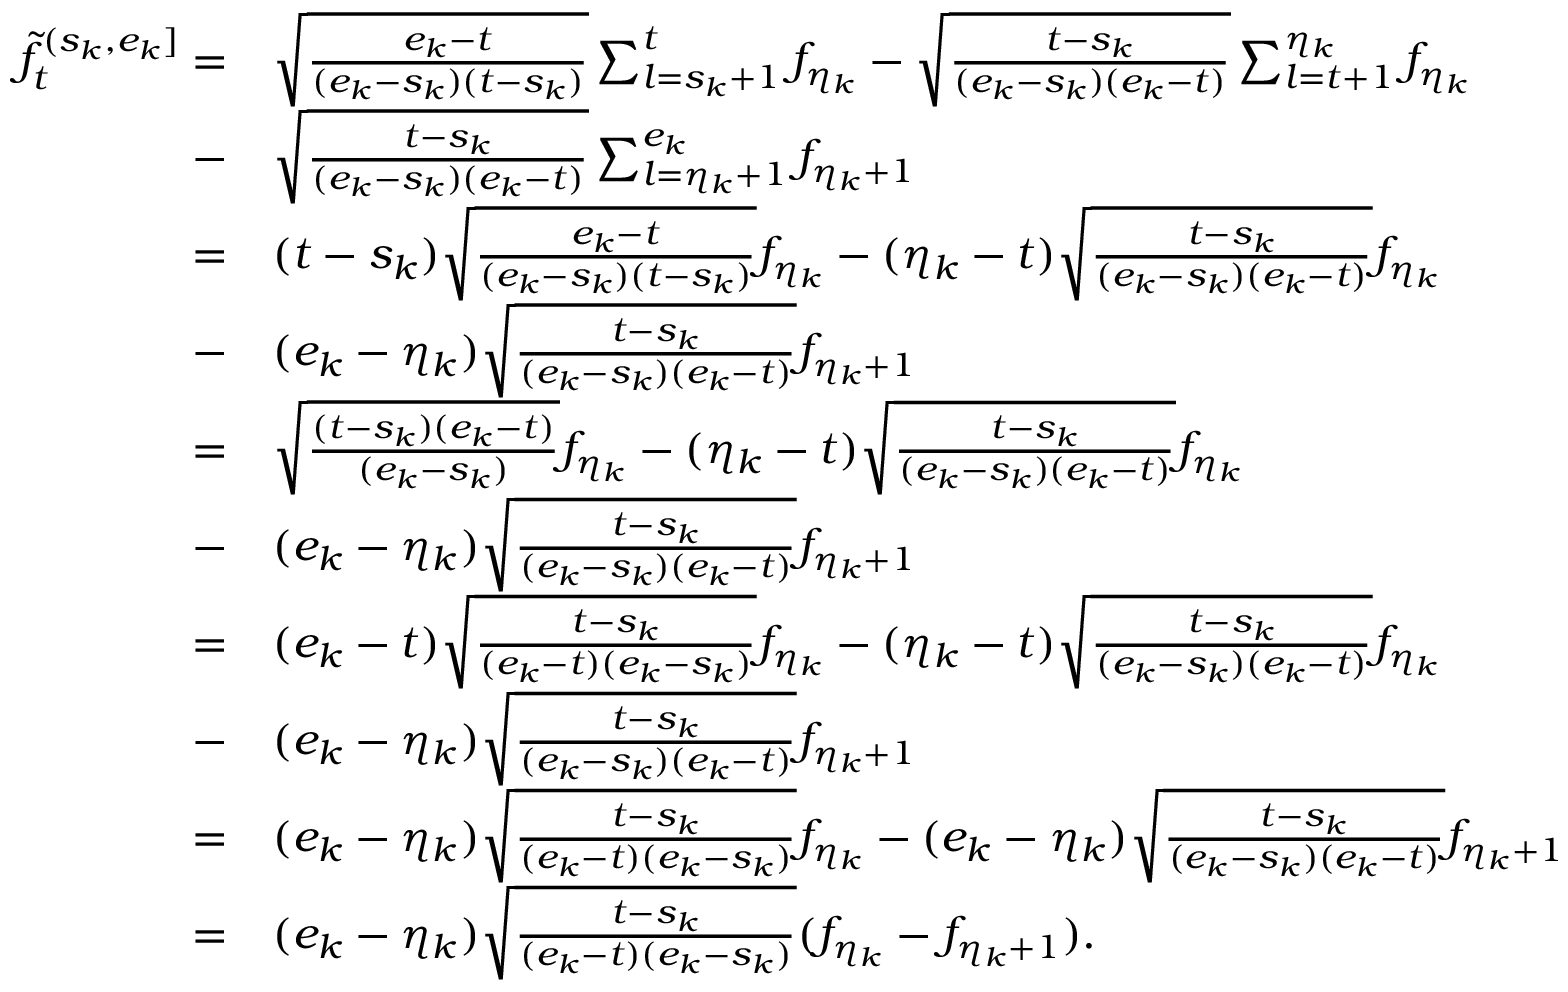
\begin{array} { r l } { \widetilde f _ { t } ^ { ( s _ { k } , e _ { k } ] } = } & { \sqrt { \frac { e _ { k } - t } { ( e _ { k } - s _ { k } ) ( t - s _ { k } ) } } \sum _ { l = s _ { k } + 1 } ^ { t } f _ { \eta _ { k } } - \sqrt { \frac { t - s _ { k } } { ( e _ { k } - s _ { k } ) ( e _ { k } - t ) } } \sum _ { l = t + 1 } ^ { \eta _ { k } } f _ { \eta _ { k } } } \\ { - } & { \sqrt { \frac { t - s _ { k } } { ( e _ { k } - s _ { k } ) ( e _ { k } - t ) } } \sum _ { l = \eta _ { k } + 1 } ^ { e _ { k } } f _ { \eta _ { k } + 1 } } \\ { = } & { ( t - s _ { k } ) \sqrt { \frac { e _ { k } - t } { ( e _ { k } - s _ { k } ) ( t - s _ { k } ) } } f _ { \eta _ { k } } - ( \eta _ { k } - t ) \sqrt { \frac { t - s _ { k } } { ( e _ { k } - s _ { k } ) ( e _ { k } - t ) } } f _ { \eta _ { k } } } \\ { - } & { ( e _ { k } - \eta _ { k } ) \sqrt { \frac { t - s _ { k } } { ( e _ { k } - s _ { k } ) ( e _ { k } - t ) } } f _ { \eta _ { k } + 1 } } \\ { = } & { \sqrt { \frac { ( t - s _ { k } ) ( e _ { k } - t ) } { ( e _ { k } - s _ { k } ) } } f _ { \eta _ { k } } - ( \eta _ { k } - t ) \sqrt { \frac { t - s _ { k } } { ( e _ { k } - s _ { k } ) ( e _ { k } - t ) } } f _ { \eta _ { k } } } \\ { - } & { ( e _ { k } - \eta _ { k } ) \sqrt { \frac { t - s _ { k } } { ( e _ { k } - s _ { k } ) ( e _ { k } - t ) } } f _ { \eta _ { k } + 1 } } \\ { = } & { ( e _ { k } - t ) \sqrt { \frac { t - s _ { k } } { ( e _ { k } - t ) ( e _ { k } - s _ { k } ) } } f _ { \eta _ { k } } - ( \eta _ { k } - t ) \sqrt { \frac { t - s _ { k } } { ( e _ { k } - s _ { k } ) ( e _ { k } - t ) } } f _ { \eta _ { k } } } \\ { - } & { ( e _ { k } - \eta _ { k } ) \sqrt { \frac { t - s _ { k } } { ( e _ { k } - s _ { k } ) ( e _ { k } - t ) } } f _ { \eta _ { k } + 1 } } \\ { = } & { ( e _ { k } - \eta _ { k } ) \sqrt { \frac { t - s _ { k } } { ( e _ { k } - t ) ( e _ { k } - s _ { k } ) } } f _ { \eta _ { k } } - ( e _ { k } - \eta _ { k } ) \sqrt { \frac { t - s _ { k } } { ( e _ { k } - s _ { k } ) ( e _ { k } - t ) } } f _ { \eta _ { k } + 1 } } \\ { = } & { ( e _ { k } - \eta _ { k } ) \sqrt { \frac { t - s _ { k } } { ( e _ { k } - t ) ( e _ { k } - s _ { k } ) } } ( f _ { \eta _ { k } } - f _ { \eta _ { k } + 1 } ) . } \end{array}